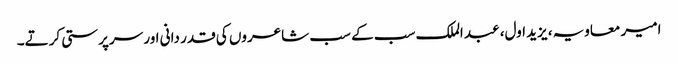
امیر معاویہ، یزید اول، عبد الملک سب کے سب شاعروں کی قدر دانی اور سرپرستی کرتے۔